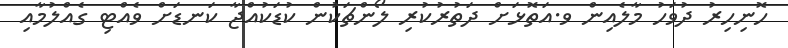
ހޮނިހިރު ދުވަހު މާލެއިން ވ.އަތޮޅަށް ދަތުރުކުރި ލޯންޗަކުން ކުޑަކުއްޖާ ކަނޑަށް ވެއްޓި ގެއްލުމާއި